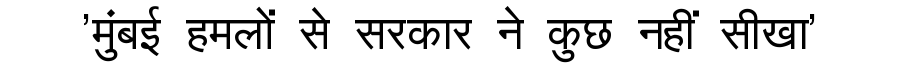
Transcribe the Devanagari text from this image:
'मुंबई हमलों से सरकार ने कुछ नहीं सीखा'